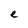
Character: e